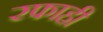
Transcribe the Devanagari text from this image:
रफाही